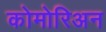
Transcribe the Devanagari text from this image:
कोमोरिअन